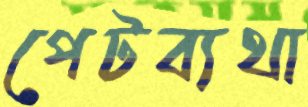
পেটব্যথা